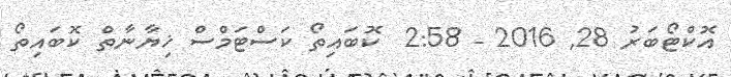
އޮކްޓޯބަރު 28